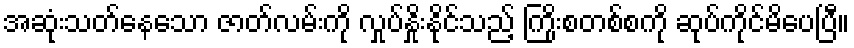
အဆုံးသတ်နေသော ဇာတ်လမ်းကို လှုပ်နှိုးနိုင်သည့် ကြိုးစတစ်စကို ဆုပ်ကိုင်မိပေပြီ။